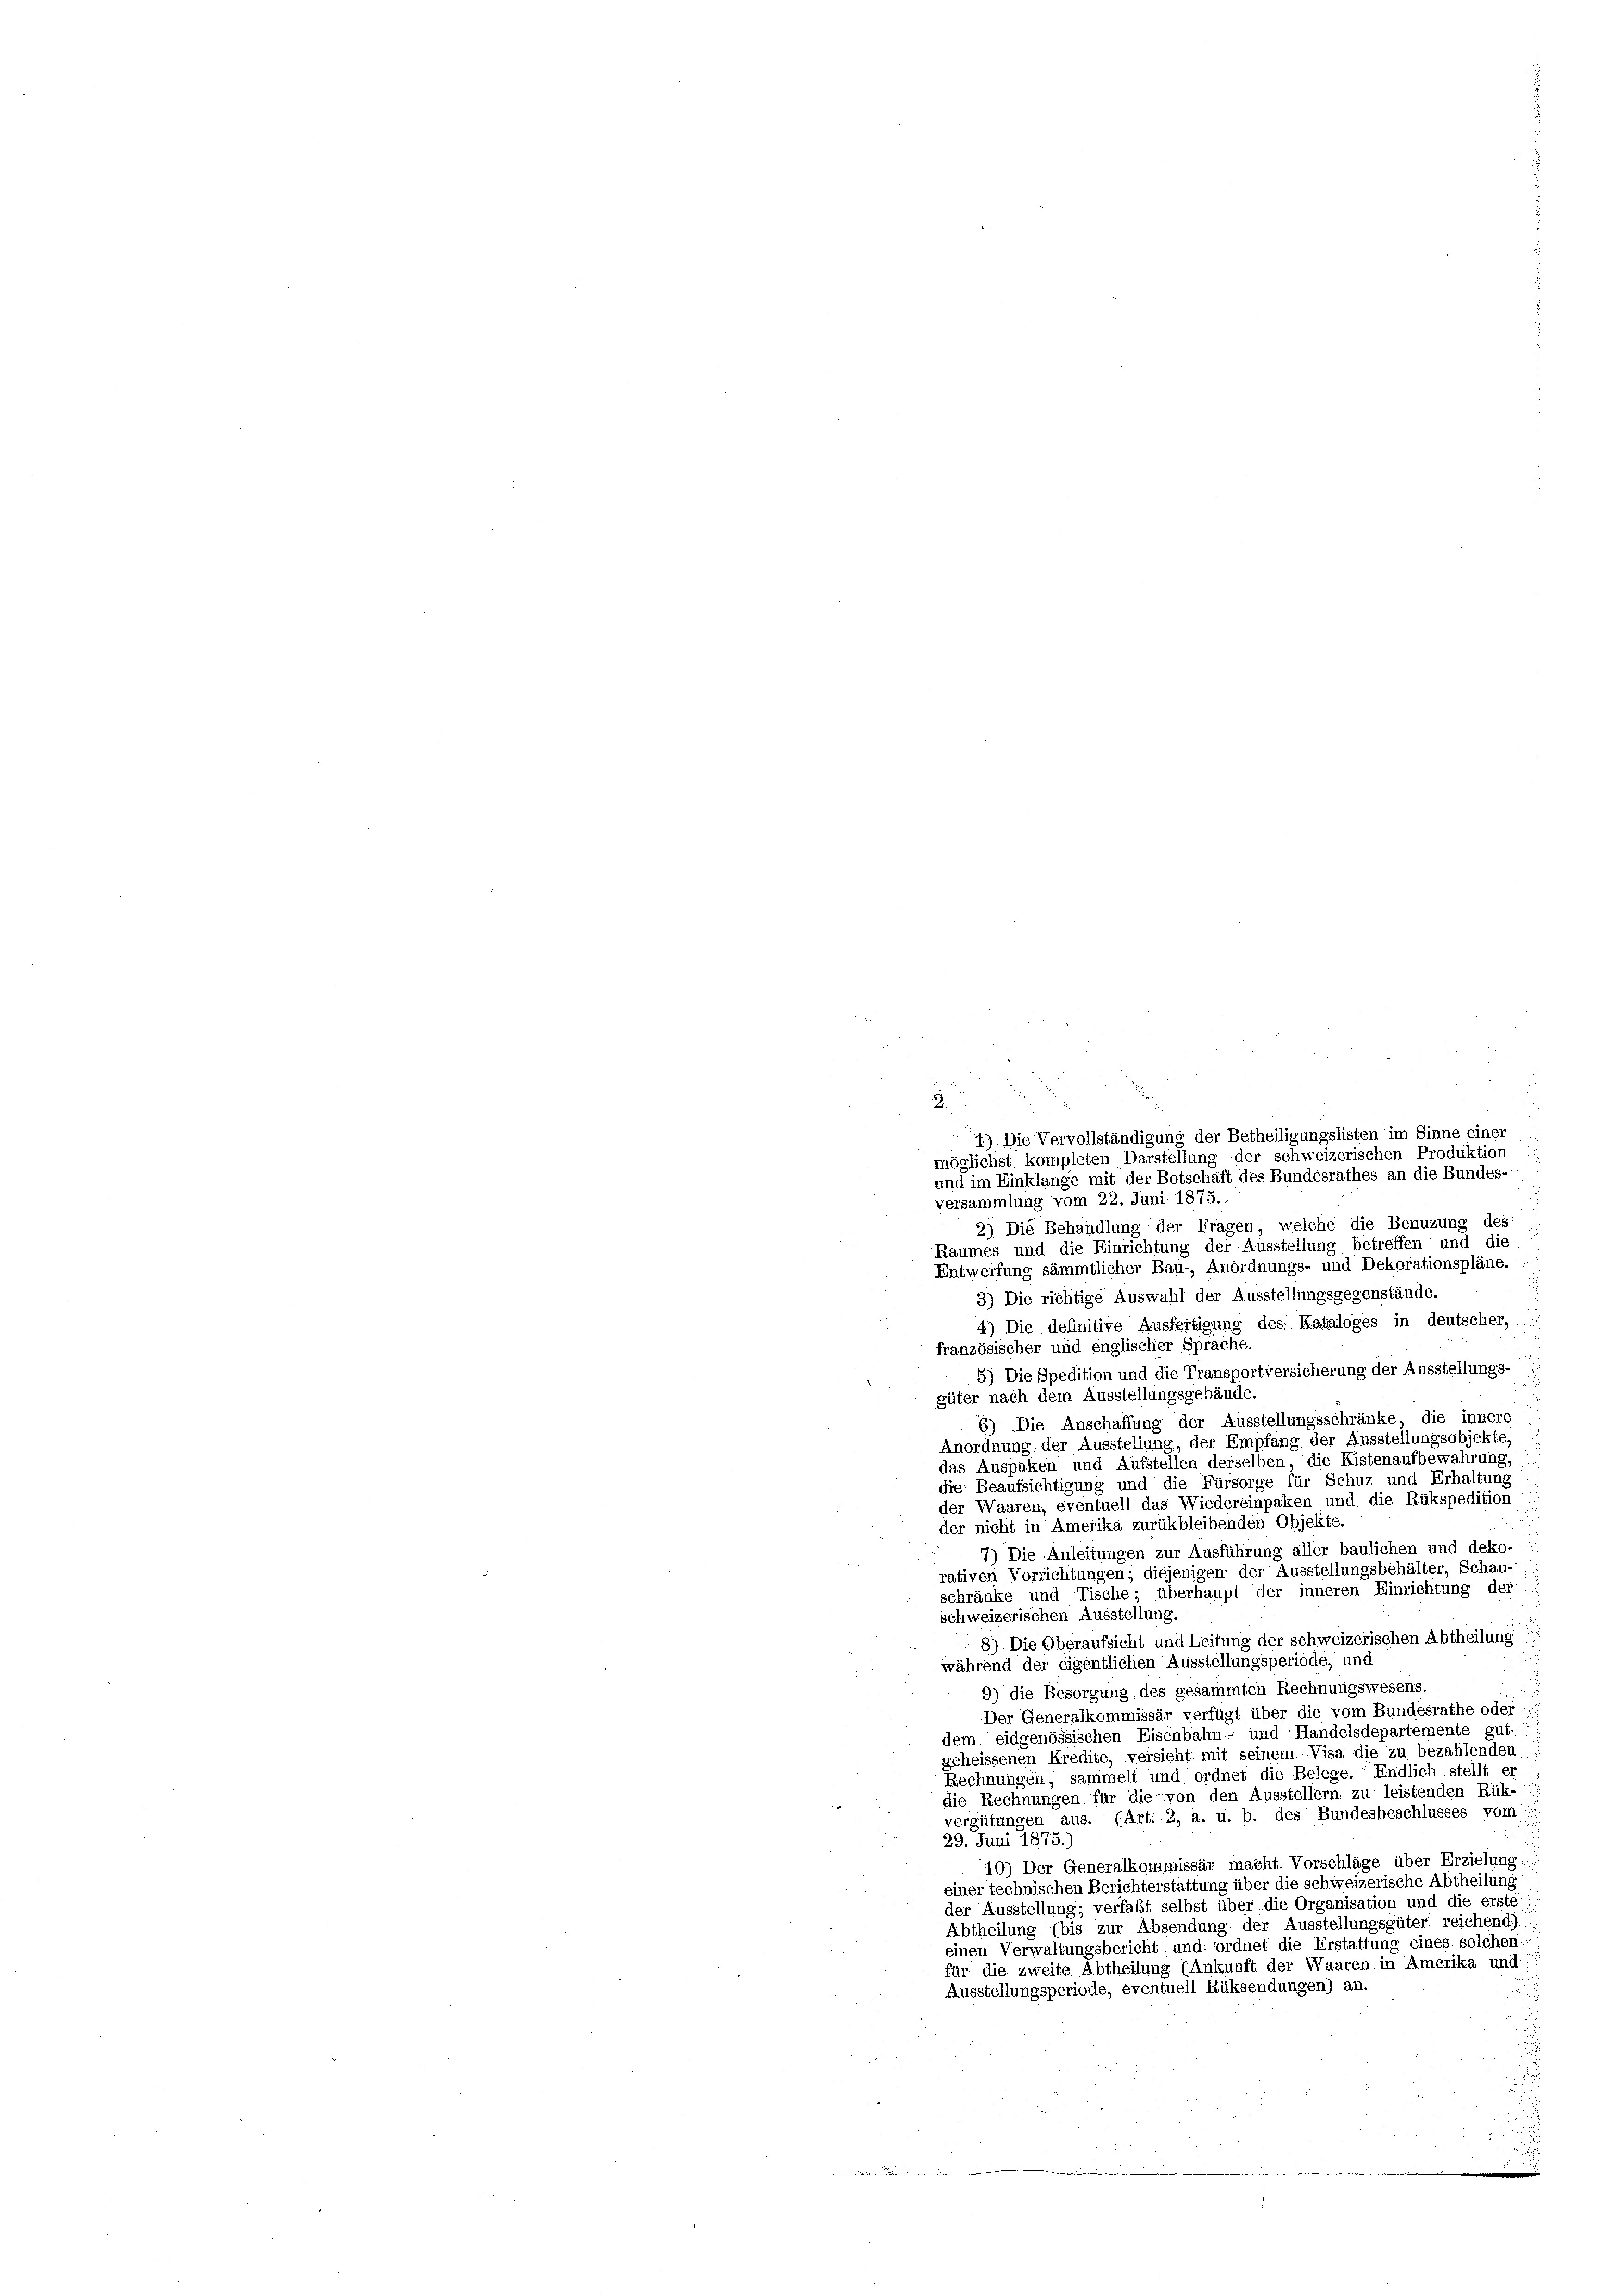
8
versammlung vom 22. Juni 1875.
2) Die Behandlung der Fragen, welche die Benuzung des
Raumes und die Einrichtung der Ausstellung betreffen und die
Entwerfung sämmtlicher Bau- Anordnungs- und Dekorationspläne.
3) Die richtige Auswahl der Ausstellungsgegenstände.
4) Die definitive Ausfertigung des Kataloges in deutscher,
französischer und englischer Sprache.
5) Die Spedition und die Transportversicherung der Ausstellungs-
güter nach dem Ausstellungsgebäude.
6) Die Anschaffung der Ausstellungsschränke, die innere
Anordnung der Ausstellung, der Empfang der Ausstellungsobjekte,
das Auspaken und Aufstellen derselben die Kistenaufbewahrung,
die Beaufsichtigung und die Fürsorge für Schuz und Erhaltung
der Waaren, éventuell das Wiedereinpaken und die Rükspedition
der nicht in Amerika zurükbleibenden Objekte.
7) Die Anleitungen zur Ausführung aller baulichen und deko-
rativen Vorrichtungen; diejenigen der Ausstellungsbehälter, Schau-
schränke und Tische; überhaupt der inneren Einrichtung der
schweizerischen Ausstellung.
8) Die Oberaufsicht und Leitung der schweizerischen Abtheilung
während der eigentlichen Ausstellungsperiode, und
9) die Besorgung des gesammten Rechnungswesens.
Der Generalkommissär verfügt über die vom Bundesrathe oder
dem eidgenössischen Eisenbahn- und Handelsdepartemente gut
geheissenen Kredite, versieht mit seinem Visa die zu bezahlenden
Rechnungen, sammelt und ordnet die Belege. Endlich stellt er
die Rechnungen für die von den Ausstellern, zu leistenden Rük-
vergütungen aus. (Art. 2, a. u. b. des Bundesbeschlusses vom
29. Juni 1875.)
10) Der Generalkommissär macht. Vorschläge über Erzielung
einer technischen Berichterstattung über die schweizerische Abtheilung
der Ausstellung; verfaßt selbst über die Organisation und die erste:
Abtheilung (bis zur Absendung der Ausstellungsgüter reichend):
einen Verwaltungsbericht und ordnet die Erstattung eines solchen
für die zweite Abtheilung (Ankunft der Waaren in Amerika und
Ausstellungsperiode, eventuell Rüksendungen) an.

4) Die Vervollständigung der Betheiligungslisten im Sinne einer
möglichst kompleten Darstellung der schweizerischen Produktion
und im Einklange mit der Botschaft des Bundesrathes an die Bundes-